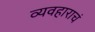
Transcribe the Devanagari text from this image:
व्यवहाराचं